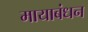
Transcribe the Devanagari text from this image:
मायाबंधन